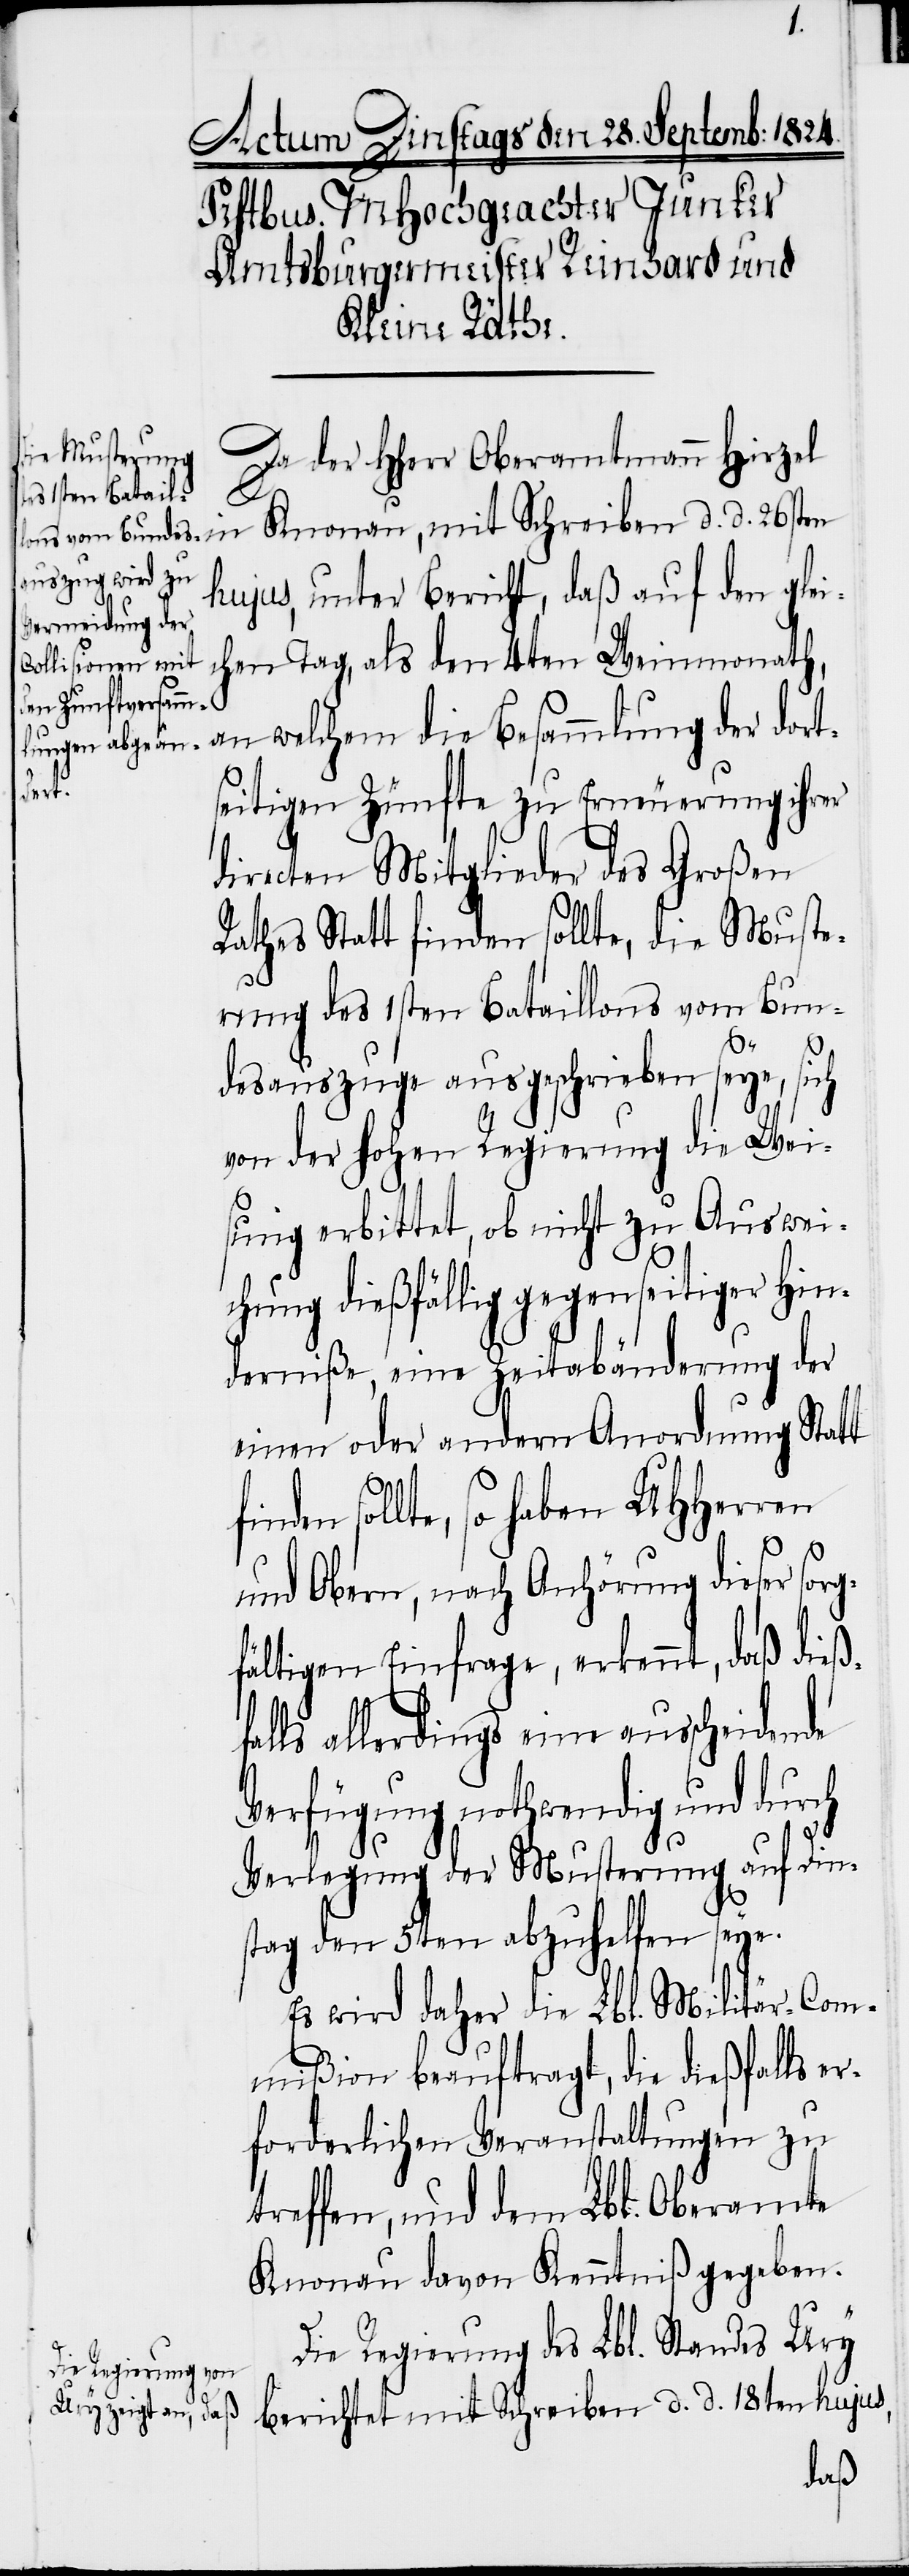
Da der HHerr Oberamtmann Hirzel
hujus, unter Bericht, daß auf den glei¬
chen Tag, als den 4ten Weinmonath,
an welchem die Besammlung der dort¬
seitigen Zünfte zu Erneuerung ihrer
directen Mitglieder des Großen
Rathes Statt finden sollte, die Muste¬
rung des 1sten Bataillons vom Bun¬
d.
d.
desauszuge ausgeschrieben seye, sich
von der hohen Regierung die Wei¬
sung erbittet, ob nicht zu Auswei¬
chung dießfällig gegenseitiger Hin¬
derniße, eine Zeitabänderung der
einen oder andern Anordnung Statt
fin¬
den sollte, so haben UHHerren
und Obern, nach Anhörung dieser sor¬
gfältigen Einfrage, erkennt, daß dieß¬
falls allerdings eine ausscheidende
Verfügung nothwendig und durch
Verlegung der Musterung auf Dien¬
stag den 5ten abzuhelfen seye.
Es wird daher die Lbl. Militär-Com¬
mißion beauftragt, die dießfalls e¬
rforderlichen Veranstaltungen zu
treffen, und dem Lbl. Oberamte
Knonau davon Kenntniß gegeben.
Die Regierung des Lbl. Standes Ury
berichtet mit Schreiben d. d. 18ten hujus,